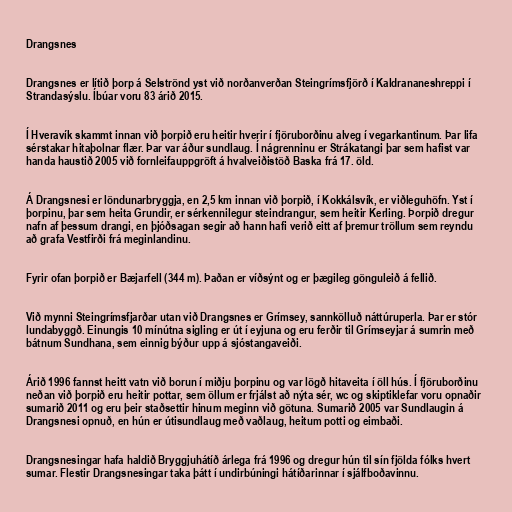
Drangsnes

Drangsnes er lítið þorp á Selströnd yst við norðanverðan Steingrímsfjörð í Kaldrananeshreppi í
Strandasýslu. Íbúar voru 83 árið 2015.

Í Hveravík skammt innan við þorpið eru heitir hverir í fjöruborðinu alveg í vegarkantinum. Þar lifa
sérstakar hitaþolnar flær. Þar var áður sundlaug. Í nágrenninu er Strákatangi þar sem hafist var
handa haustið 2005 við fornleifauppgröft á hvalveiðistöð Baska frá 17. öld.

Á Drangsnesi er löndunarbryggja, en 2,5 km innan við þorpið, í Kokkálsvík, er viðleguhöfn. Yst í
þorpinu, þar sem heita Grundir, er sérkennilegur steindrangur, sem heitir Kerling. Þorpið dregur
nafn af þessum drangi, en þjóðsagan segir að hann hafi verið eitt af þremur tröllum sem reyndu
að grafa Vestfirði frá meginlandinu.

Fyrir ofan þorpið er Bæjarfell (344 m). Þaðan er víðsýnt og er þægileg gönguleið á fellið.

Við mynni Steingrímsfjarðar utan við Drangsnes er Grímsey, sannkölluð náttúruperla. Þar er stór
lundabyggð. Einungis 10 mínútna sigling er út í eyjuna og eru ferðir til Grímseyjar á sumrin með
bátnum Sundhana, sem einnig býður upp á sjóstangaveiði.

Árið 1996 fannst heitt vatn við borun í miðju þorpinu og var lögð hitaveita í öll hús. Í fjöruborðinu
neðan við þorpið eru heitir pottar, sem öllum er frjálst að nýta sér, wc og skiptiklefar voru opnaðir
sumarið 2011 og eru þeir staðsettir hinum meginn við götuna. Sumarið 2005 var Sundlaugin á
Drangsnesi opnuð, en hún er útisundlaug með vaðlaug, heitum potti og eimbaði.

Drangsnesingar hafa haldið Bryggjuhátíð árlega frá 1996 og dregur hún til sín fjölda fólks hvert
sumar. Flestir Drangsnesingar taka þátt í undirbúningi hátíðarinnar í sjálfboðavinnu.